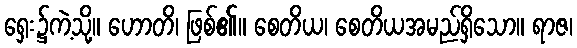
ရှေး၌ကဲ့သို့။ ဟောတိ၊ ဖြစ်၏။ စေတိယ၊ စေတိယအမည်ရှိသော။ ရာဇ၊